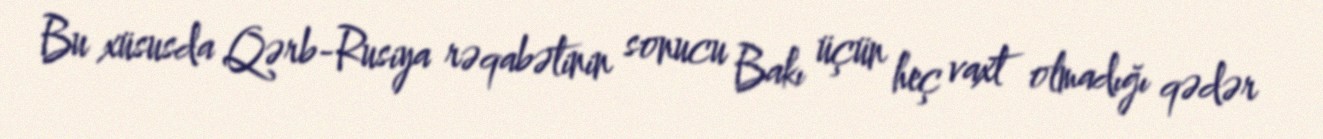
Bu xüsusda Qərb-Rusiya rəqabətinin sonucu Bakı üçün heç vaxt olmadığı qədər